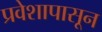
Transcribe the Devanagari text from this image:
प्रवेशापासून